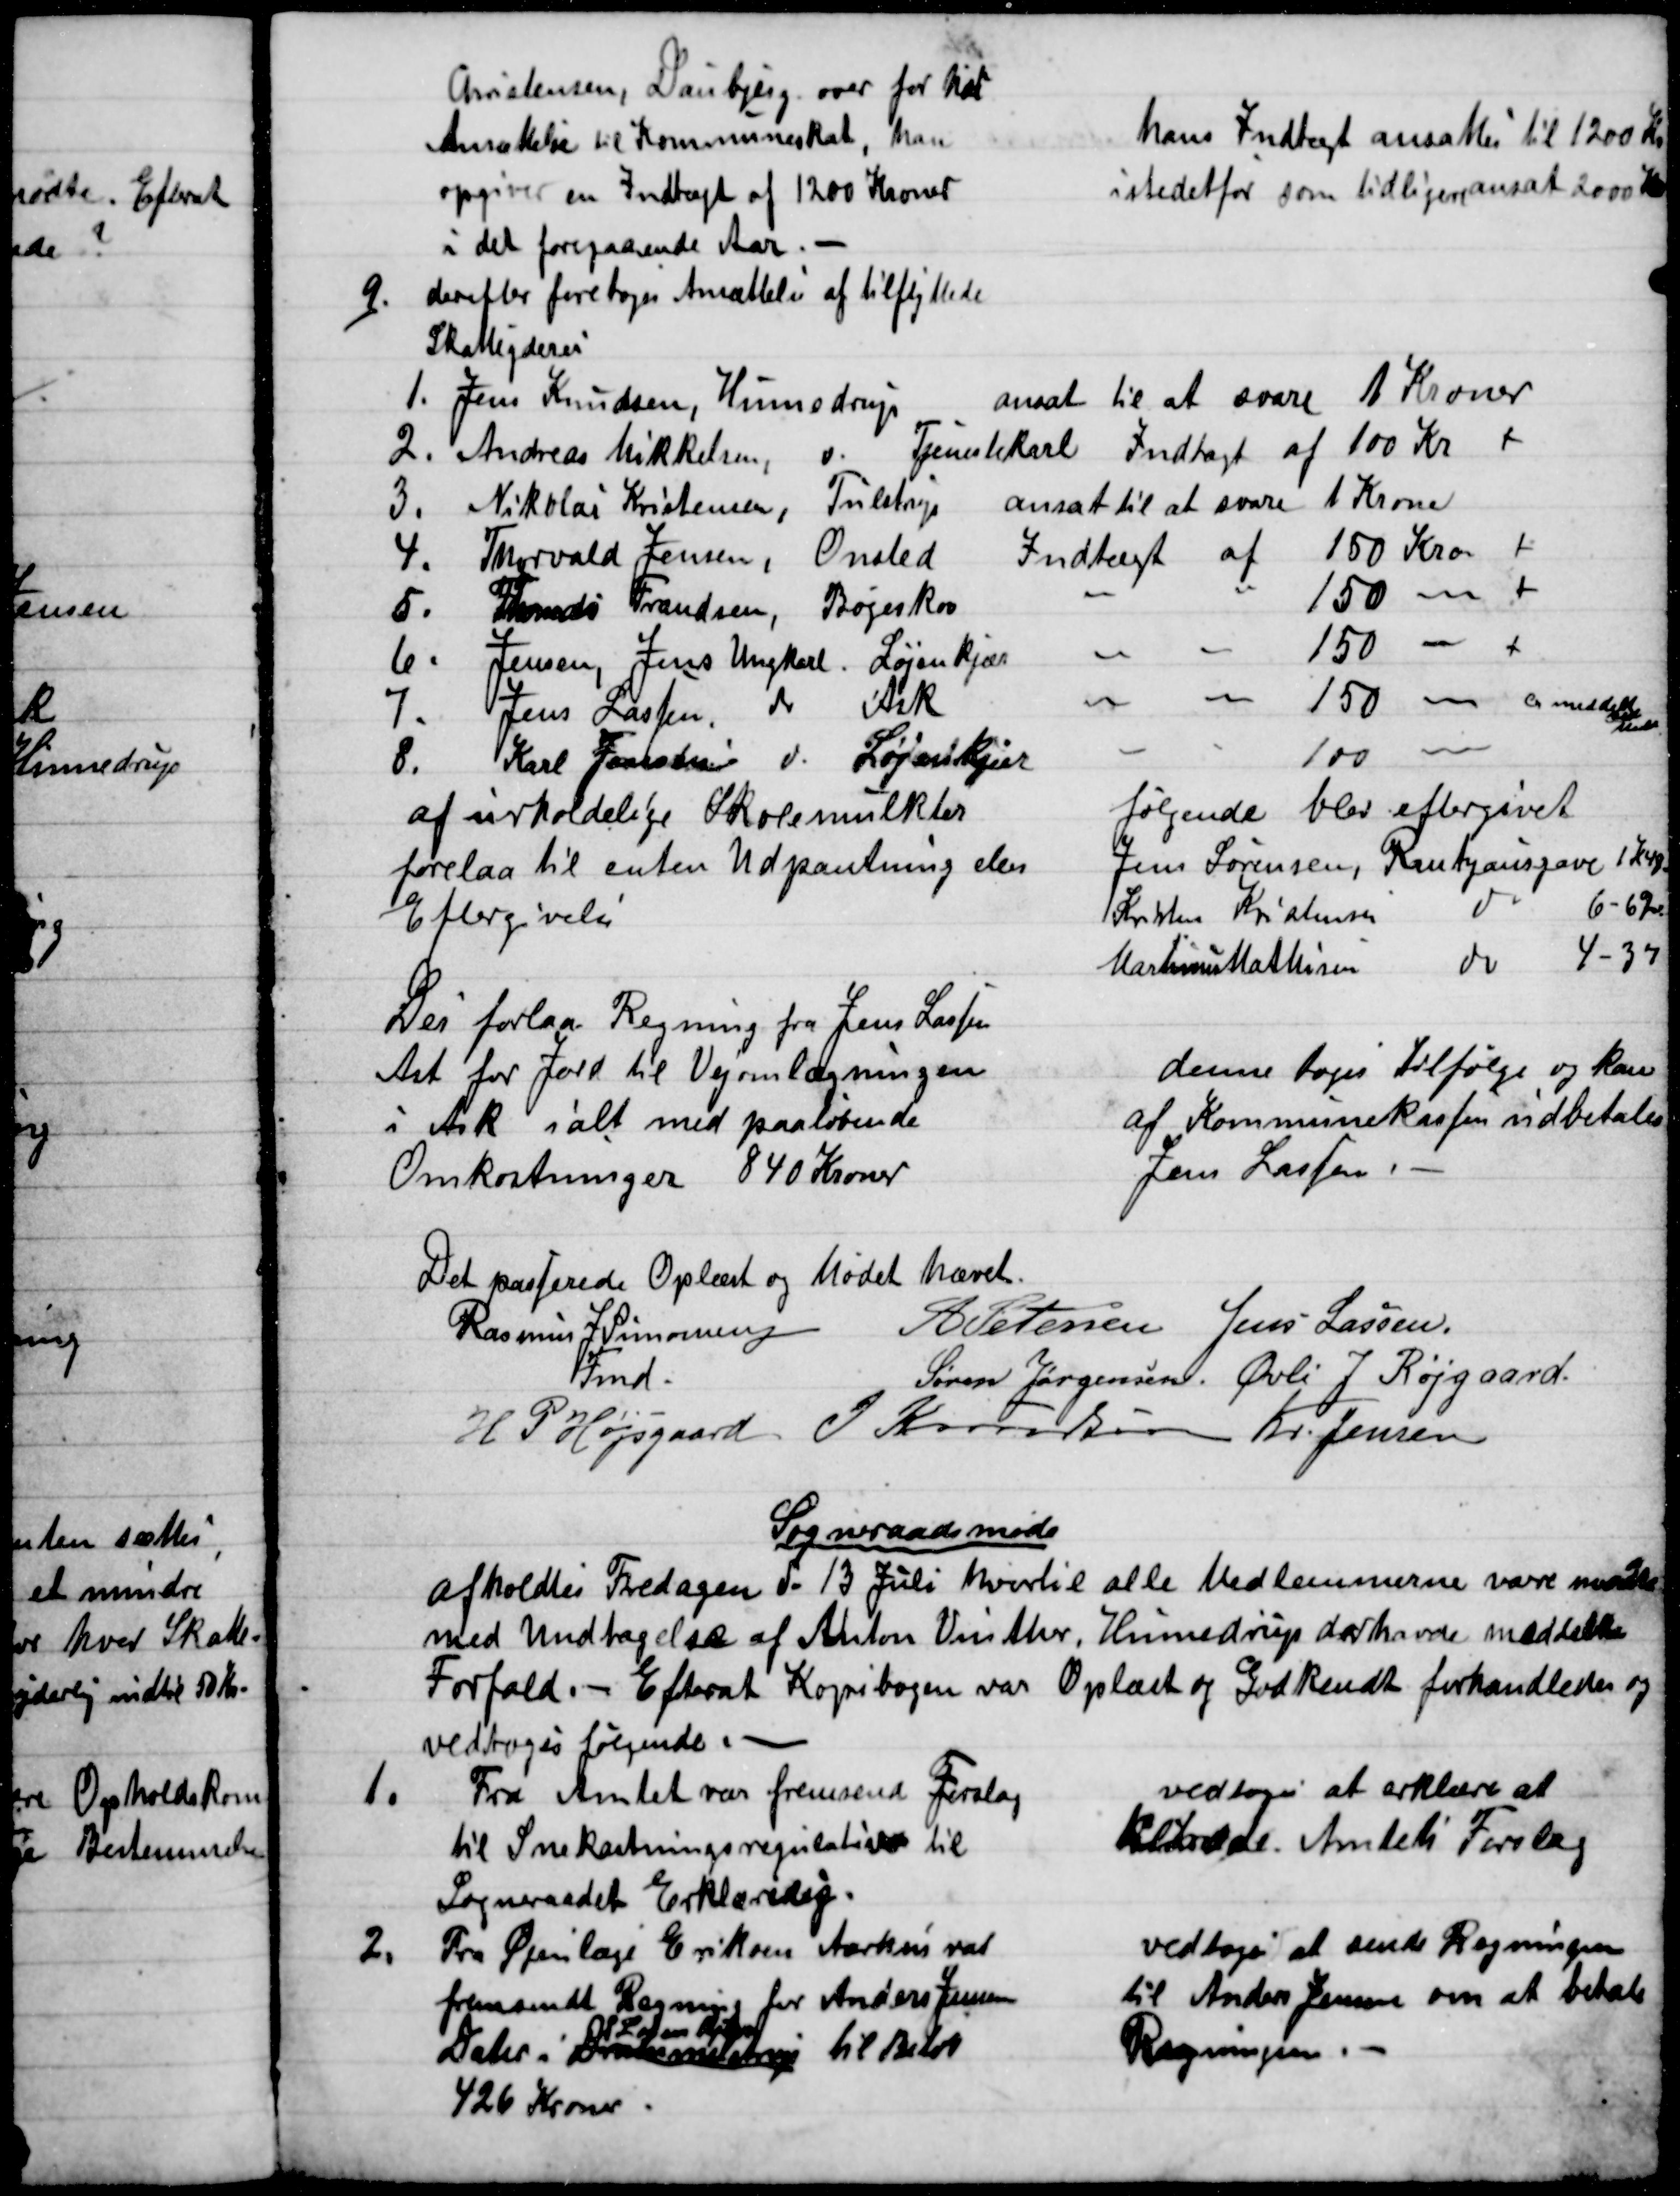
Transskription:
Christensen, Daubjerg over for hans
Ansættelse til Kommuneskat, han
opgiver en Indtægt af 1200 Kroner
i det foregaaende Aar. 
hans Indtægt ansattes til 1200 Kr
istedetfor som tidligere ansat 2000 Kr
9.)
derefter foretoges Ansættelse af tilflyttede
Skatteyderes
1.
Jens Knudsen, Hinnedrup
ansat til at svare 1 Kroner
2.
Andreas Mikkelsen, do.
Tjenestekarl Indtægt af 100 Kr 
3.
Nikolai Kristensen, Tulstrup
ansat til at svare 1 Krone
4.
Thorvald Jensen, Onsted
Indtægt af 150 Kro 
5. 
Frands Frandsen, Bøgeskov
150
6.
Jensen, Jens Ungkarl. Løjenkjær
150
7.
Jens Lassen
do 
Ask
150 
ca meddelt
det

8.
Karl Jensen do Løjenkjær
100 
af urholdelige Skolemulkter
forelaa til enten Udpantning eller
Eftergivelse
følgende blev eftergivet
Jens Sørensen, Rantzausgave 1 K 48
Kristen Kristensen
do 
6 - 62
Martinus Mathisen
do
4 - 37
Der forlaa Regning fra Jens Lassen
Ask for Jord til Vejomlægningen
i Ask ialt med paaløbende
Omkostninger 840 Kroner
denne toges tilfølge og kan
af Kommunekassen udbetales
Jens Lassen.
Det passerede Oplæst og Mødet hævet.
Rasmus J Simonsen
Fmd.
A Petersen  Jens Lassen.
Søren Jørgensen. Øvli J Røjgaard.
H P Højsgaard  J Knudsen  Kr. Jensen
Sogneraadsmøde
afholdtes Fredagen d. 13 Juli hvortil alle Medlemmerne vare mødte
med Undtagelse af Anton Vinther, Hinnedrup der havde meddelt
Forfald. - Efter at Kopibogen var Oplæst og Godkendt forhandledes og
vedtoges følgende.
1.
Fra Amtet var fremsend Forslag
til Snekastningsregulativ til
Sogneraadets Erklæring.
vedtoges at erklære at
tiltræde. Amtets Forslag
2.
Fra Øjenlæge Eriksen Aarhus var
fremsendt Regning for Anders Jensens
Dater i Drammelstrup 
Løjenkjær
til Beløb
426 Kroner.
vedtoges at sende Regningen
til Anders Jensen om at betale
Regningen.